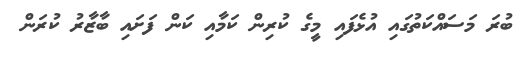
ބުރަ މަސައްކަތުގައި އުޅެފައި މީގެ ކުރިން ކަމާއި ކަން ފަށައި ބާޒާރު ކުރަން